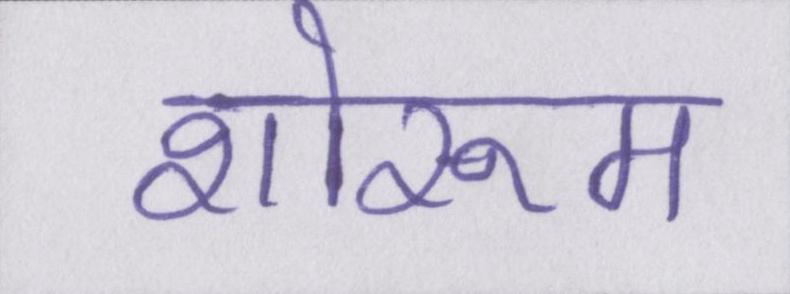
शोरूम